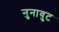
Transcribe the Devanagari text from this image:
नुनावुट